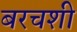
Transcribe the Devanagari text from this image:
बरचशी